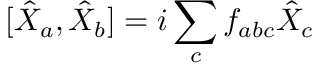
[ \hat { X } _ { a } , \hat { X } _ { b } ] = i \sum _ { c } f _ { a b c } \hat { X } _ { c }